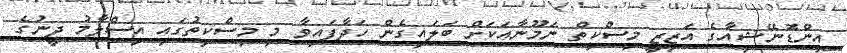
އިންޑޮނޭޝިއާގެ އަޒިޒީ މިސްކިތް ނަމޫނާއަކަށް ބަލައިގެން ހަދާފައިވާ މި މިސްކިތުގައި އިސްލާމު ދީނުގެ